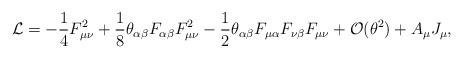
\begin{align*}{\cal L}=-\frac14F^2_{\mu \nu}+\frac18\theta_{\alpha\beta} F_{\alpha\beta}F^2_{\mu \nu}-\frac12\theta_{\alpha\beta} F_{\mu \alpha}F_{\nu \beta}F_{\mu \nu}+{\cal O}(\theta^2)+A_\mu J_\mu ,\end{align*}